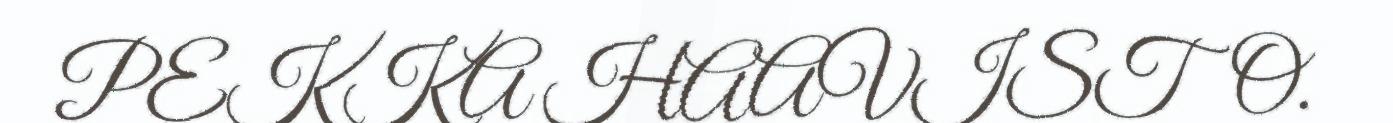
PEKKA HAAVISTO.